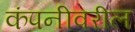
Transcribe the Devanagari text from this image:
कंपनीवरील